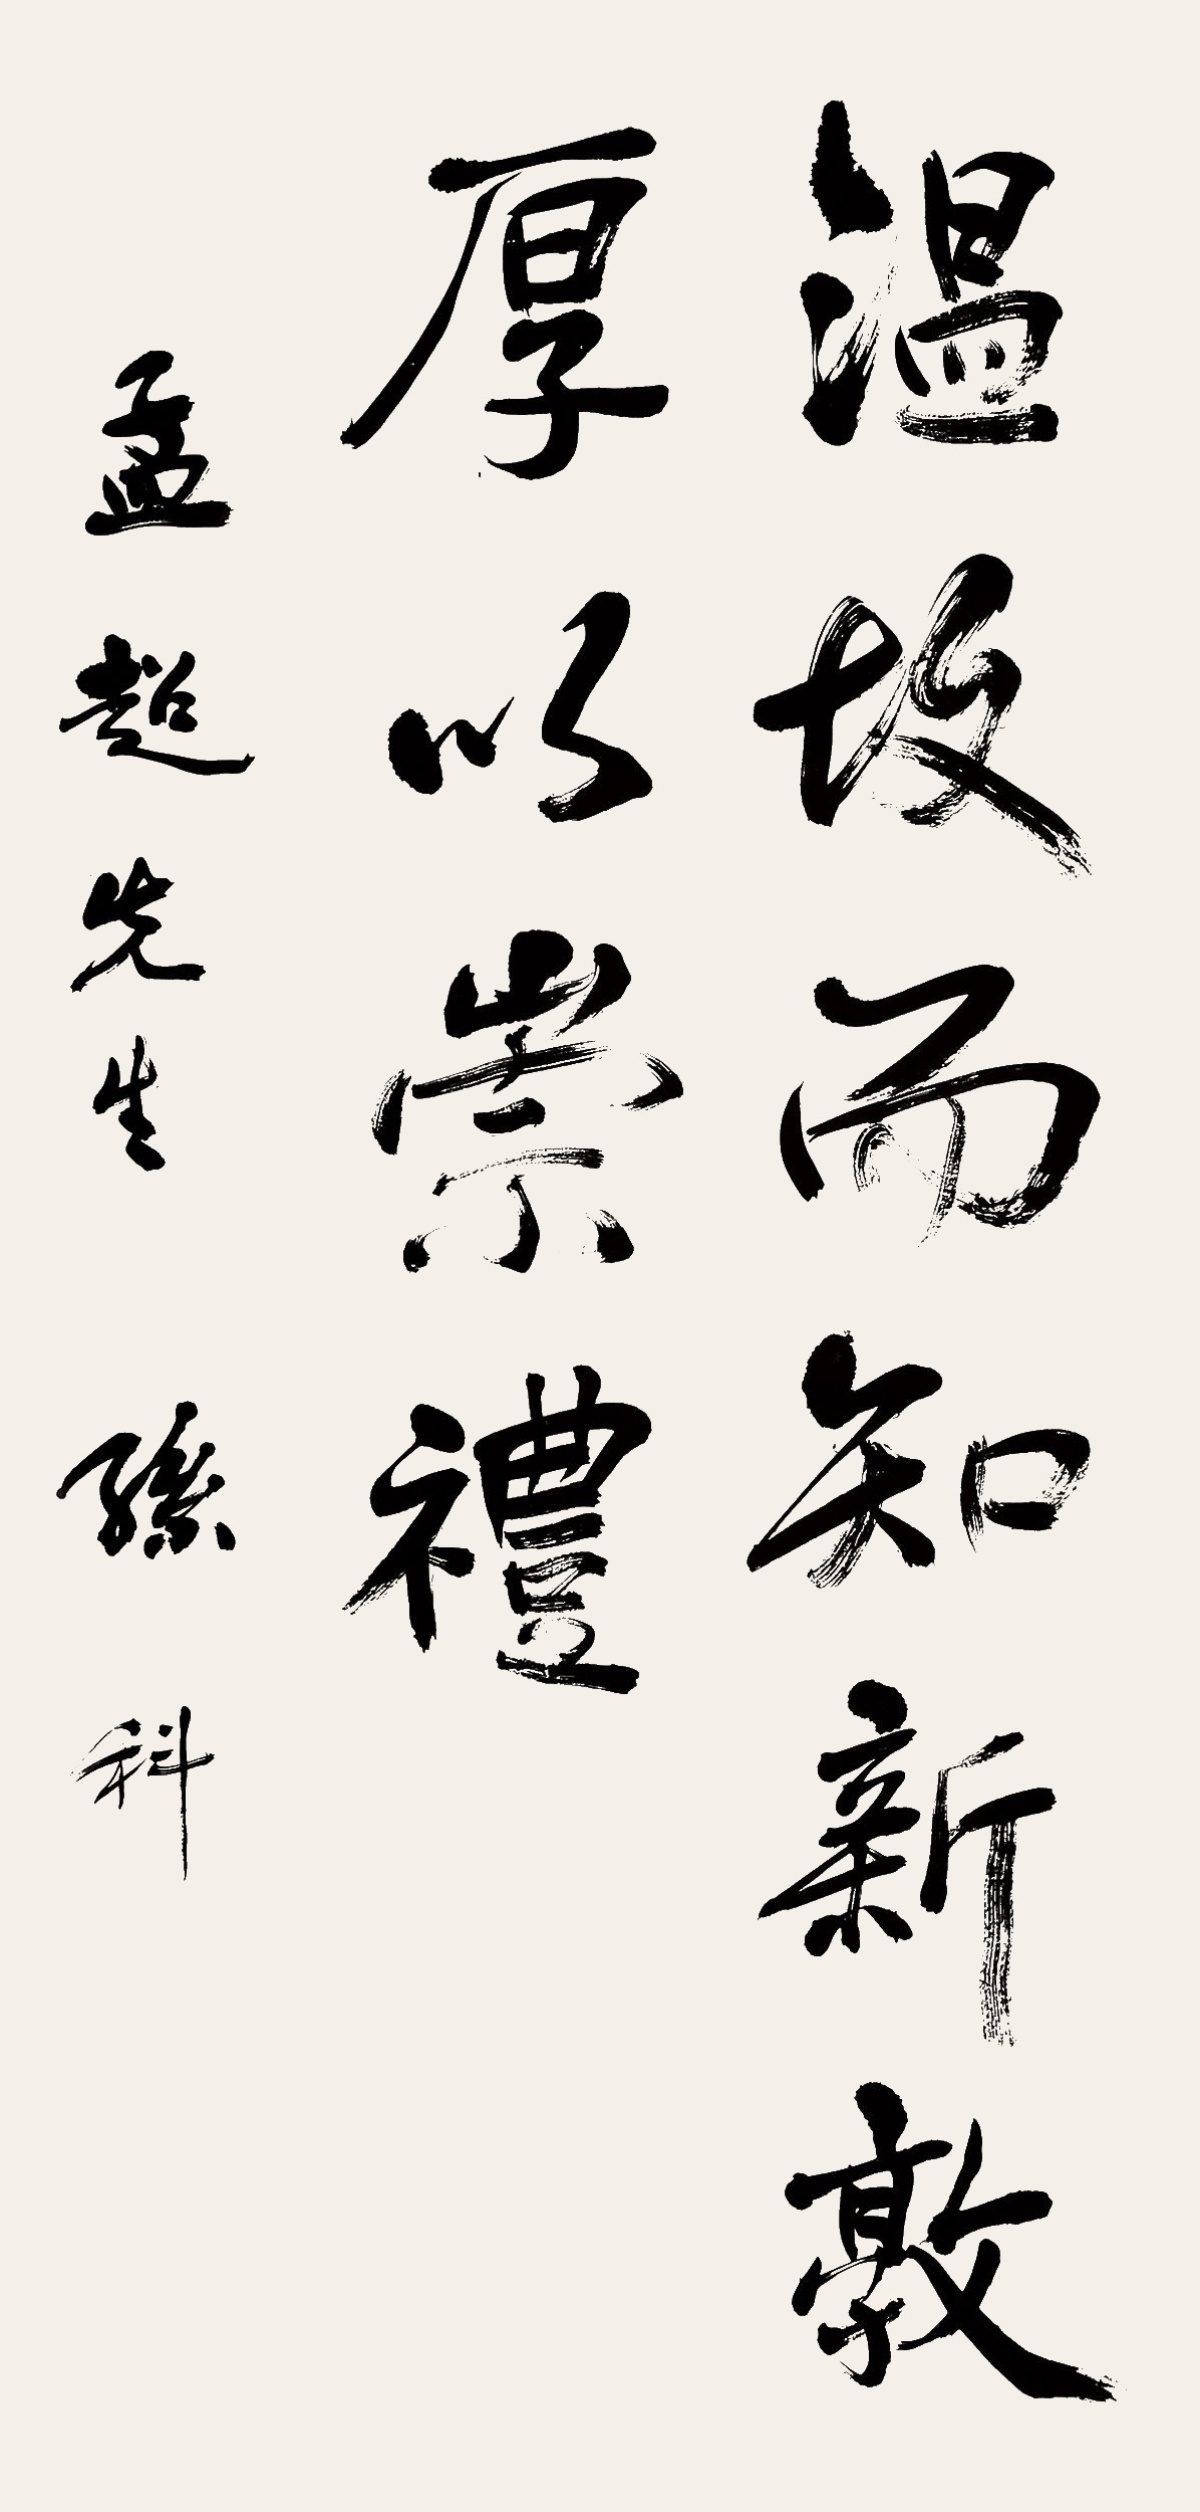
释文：温故而知新，敦厚以崇礼。孟超先生，孙科。